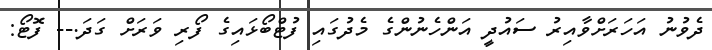
ދެވުނު އަހަރަށްވާއިރު ސައުދީ އަންހެނުންގެ މެދުގައި ފުޓްބޯޅައިގެ ފޯރި ވަރަށް ގަދަ.-- ފޮޓޯ: